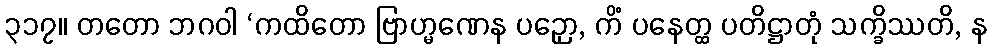
၃၁၇။ တတော ဘဂဝါ ‘ကထိတော ဗြာဟ္မဏေန ပဉှော, ကိံ ပနေတ္ထ ပတိဋ္ဌာတုံ သက္ခိဿတိ, န